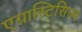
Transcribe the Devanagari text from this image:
एग्नास्टिसिज्म